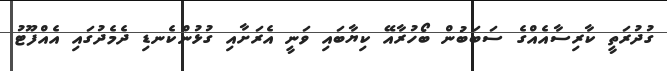
ގުދުރަތީ ކާރިސާއެއްގެ ސަބަބުން ބޯހުރާއޭ ކިޔާބައި ވަނީ އެރަށާއި ގުޅުންކެނޑި ދެމެދުގައި އެއްފޫޓު